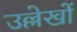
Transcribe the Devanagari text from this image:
उल्लेखाें